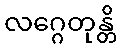
လဂ္ဂေတုန္တိ